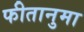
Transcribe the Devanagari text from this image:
फीतानुमा